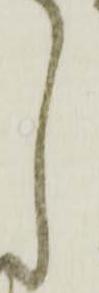
し